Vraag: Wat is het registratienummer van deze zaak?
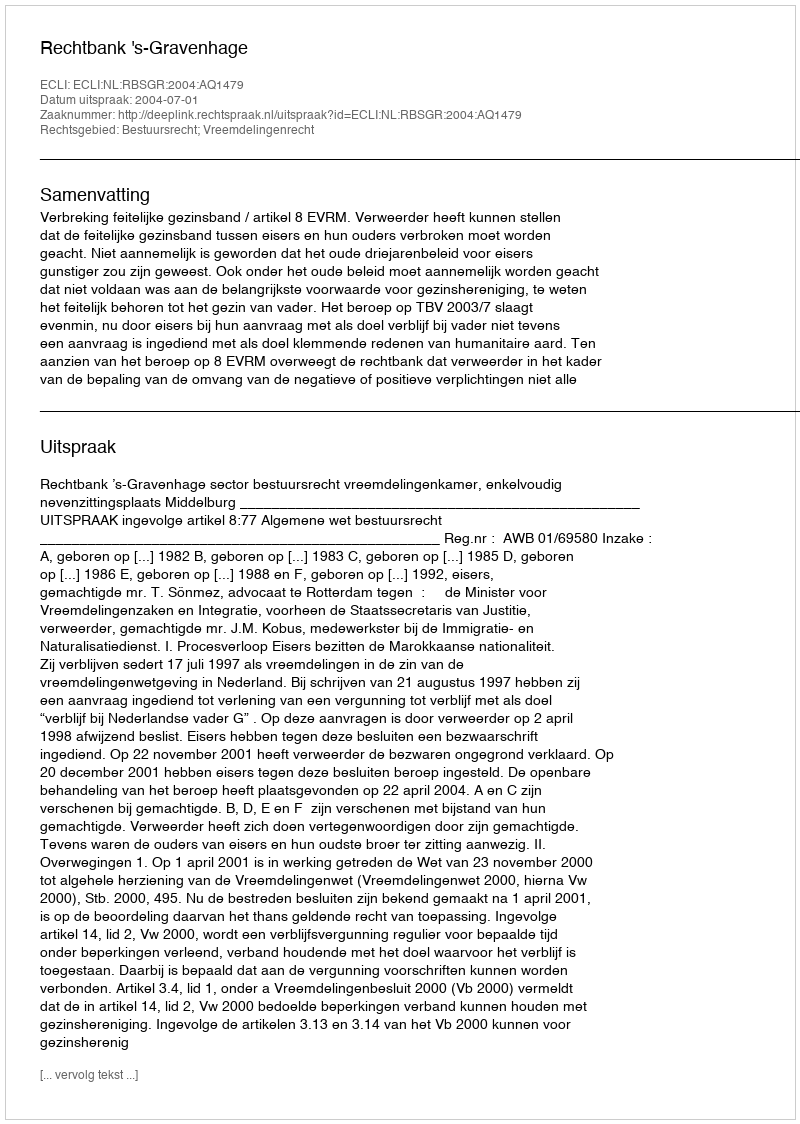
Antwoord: http://deeplink.rechtspraak.nl/uitspraak?id=ECLI:NL:RBSGR:2004:AQ1479